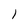
Character: 1